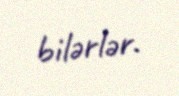
bilərlər.